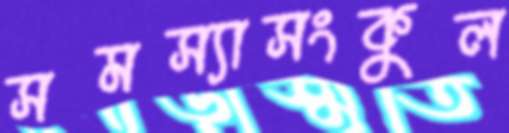
সমস্যাসংকুল